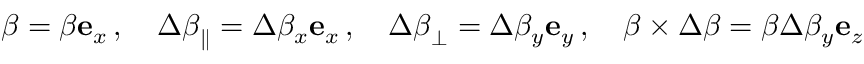
{ \boldsymbol { \beta } } = \beta \mathbf { e } _ { x } \, , \quad \Delta { \boldsymbol { \beta } } _ { \parallel } = \Delta \beta _ { x } \mathbf { e } _ { x } \, , \quad \Delta { \boldsymbol { \beta } } _ { \perp } = \Delta \beta _ { y } \mathbf { e } _ { y } \, , \quad { \boldsymbol { \beta } } \times \Delta { \boldsymbol { \beta } } = \beta \Delta \beta _ { y } \mathbf { e } _ { z }